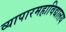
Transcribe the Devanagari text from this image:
व्यापारमहाविद्यालय